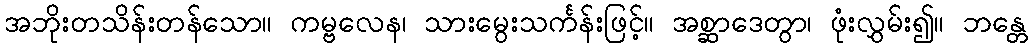
အဘိုးတသိန်းတန်သော။ ကမ္ဗလေန၊ သားမွေးသင်္ကန်းဖြင့်။ အစ္ဆာဒေတွာ၊ ဖုံးလွှမ်း၍။ ဘန္တေ